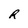
Character: R